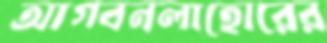
আগবনলাহোরের